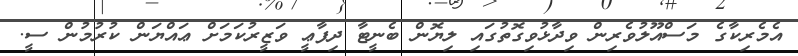
އެމެރިކާގެ މަސްއޫލުވެރިން ވިދާޅުވިގޮތުގައި ލިޔޮން ބެނީޓާ ދިފާޢީ ވަޒީރުކަމަށް ޢައްޔަން ކުރުމުން ސީ.